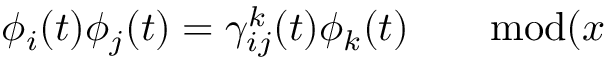
\phi _ { i } ( t ) \phi _ { j } ( t ) = \gamma _ { i j } ^ { k } ( t ) \phi _ { k } ( t ) \qquad \mathrm { m o d } ( x